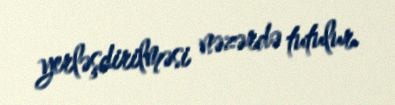
yerləşdirilməsi nəzərdə tutulur.